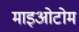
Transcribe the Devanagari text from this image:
माइओटोम